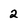
Character: 2